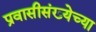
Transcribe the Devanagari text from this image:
प्रवासीसंख्येच्या